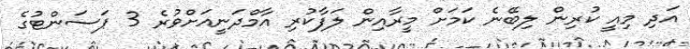
އަދި މިއީ ކުރިން ލިބޭނެ ކަމަށް މީރާއިން ލަފާކުރި އާމްދަނީއަށްވުރެ 3 ޕަސަންޓުގެ